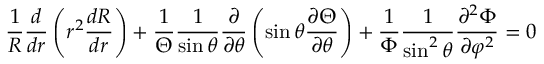
\frac { 1 } { R } \frac { d } { d r } \left( r ^ { 2 } \frac { d R } { d r } \right) + \frac { 1 } { \Theta } \frac { 1 } { \sin \theta } \frac { \partial } { \partial \theta } \left( \sin \theta \frac { \partial \Theta } { \partial \theta } \right) + \frac { 1 } { \Phi } \frac { 1 } { \sin ^ { 2 } \theta } \frac { \partial ^ { 2 } \Phi } { \partial \varphi ^ { 2 } } = 0